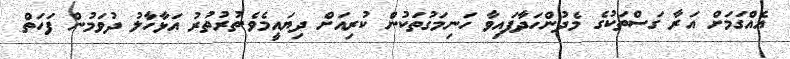
އެއްގަމަށް އަރާ ގަސްތަކުގެ މެދުންހަދާފައިވާ ހަނިމަގުތަކުން ކުރިއަށް ދިޔައީމެވެ.ތުރުތުރު އަޅާހާލު ދުވަމުން ފަހަތް